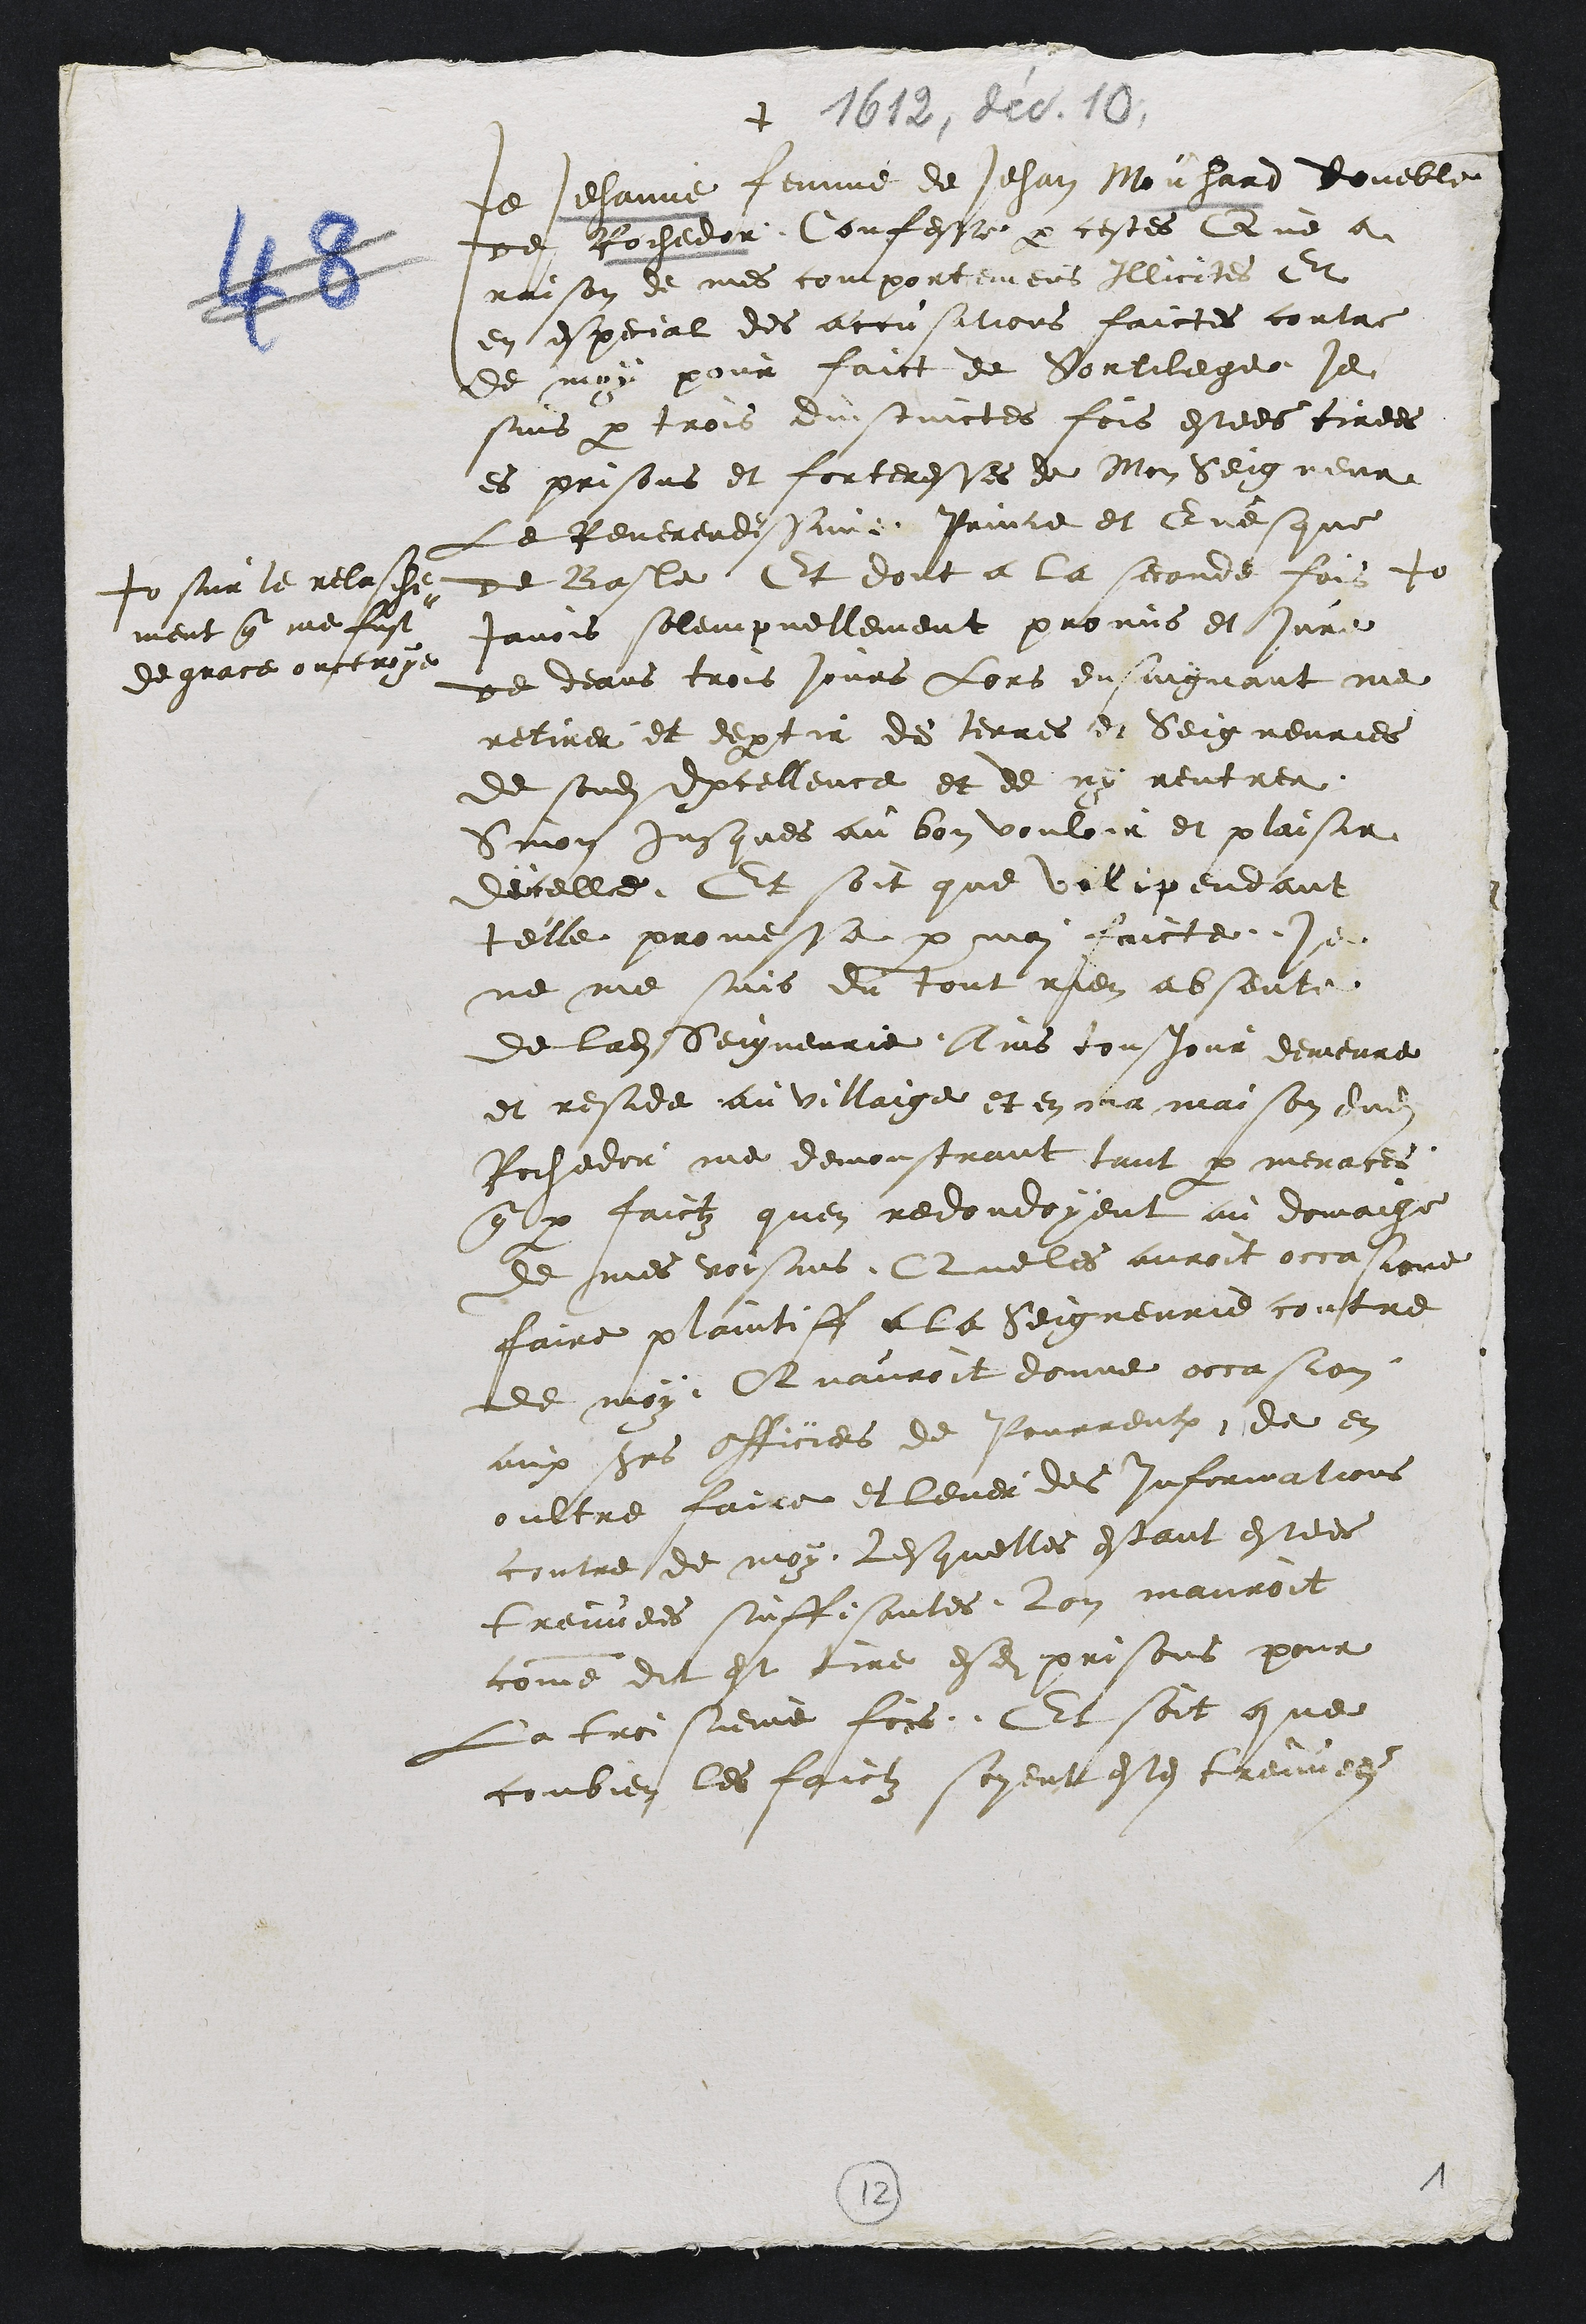
+
Je Jehanne femme de Jehan Mouhard voueble
de Rochedor Confesse par cestes Que a
raison de mes comportemens Illicites Et
en especial des accusations faictes contre
de moy pour faict de Sortilege je
suis par trois distinctes fois estees tirees
es prisons et forteresses de Mon Seigneur
Le Reverendissime Prince et Evesque
de Basle Et dont a la seconde fois +
+ sur le relache-
ment que me fust
de grace ouctroye
Javois solempnellement promis et jure
de deans trois jours lors ensuiguant me
retirer et departir de terres et Seigneuries
de sondit Excellence et de ny rentrer
Sinon jusques au bon vouloir et plaisir
dicelle Et soit que vilipendant
telle promesse par moi faicte je
ne me suis du tout rien absente
de ladite Seigneurie Ains tousjour demeure
et reside au villaige et en ma maison dudit
Rochedor me demonstrant tant par menaces
que par faictz quen redondoyent au domaige
de mes voisins Que les auroit occasione
faire plaintiff a le Seigneurie contre
de moy, Quauroit donne occasion
aux sieurs officiers de Pourrentruy de en
oultre faire et lever des informations
contre de moy Lesquelles estant estees
treuvees suffisantes lon mauroit
come dit est tire esdites prisons pour
la troisieme fois. Et soit que
combien les faictz soyent estes treuvees